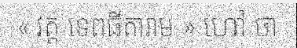
« វត្ត ទេពធីតារាម » ហៅ ថា